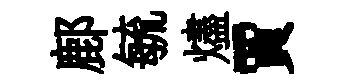
鄜毓燼賈